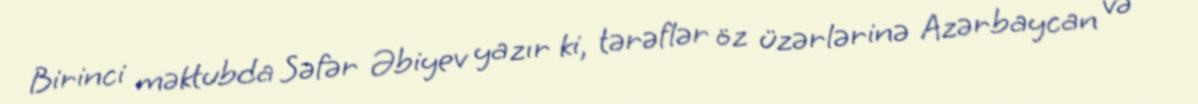
Birinci məktubda Səfər Əbiyev yazır ki, tərəflər öz üzərlərinə Azərbaycan və